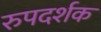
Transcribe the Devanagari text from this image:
रुपदर्शक